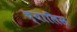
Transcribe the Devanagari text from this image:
च्यालिस